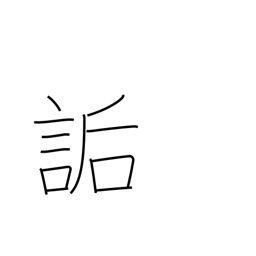
Meaning: ridicule